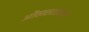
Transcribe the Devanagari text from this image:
ओंठासारख्या